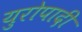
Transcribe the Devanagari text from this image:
युरोपादी